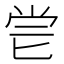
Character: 𠤝